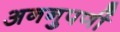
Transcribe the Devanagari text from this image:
अननुपर्णी